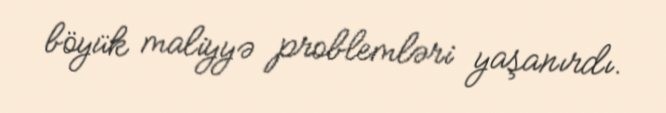
böyük maliyyə problemləri yaşanırdı.